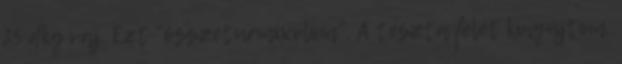
25 dkg vaj. Ezt "összeturmixolom". A tészta felét kinyújtom,